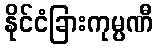
နိုင်ငံခြားကုမ္ပဏီ